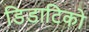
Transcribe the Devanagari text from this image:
डिडाटिको